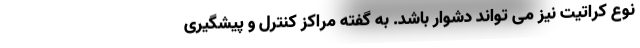
نوع کراتیت نیز می تواند دشوار باشد. به گفته مراکز کنترل و پیشگیری